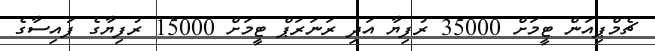
ޗެމްޕިއަން ޓީމަށް 35000 ރުފިޔާ އަދި ރަނަރަޕް ޓީމަށް 15000 ރުފިޔާގެ ފައިސާގެ